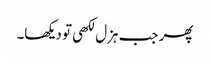
پھر جب ہزل لکھی تو دیکھا۔